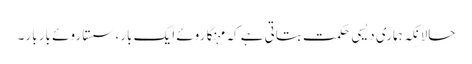
حالانکہ ہماری دیسی حکمت بتاتی ہے کہ مہنگا روئے ایک بار، سستا روئے بار بار۔